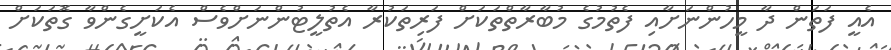
އެއީ ފަތަން ދާ މީހުންނަށާއި ފެތުމުގެ މުބާރާތްތަކަށް ފަރިތަކުރާ އެތުލީޓުންނަށްވެސް އެކަށީގެންވާ ގޮތަކަށް